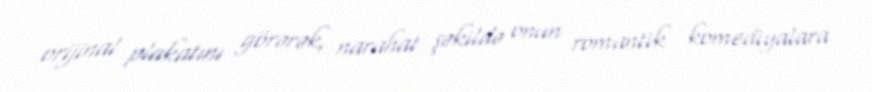
orijinal plakatını görərək, narahat şəkildə onun romantik komediyalara